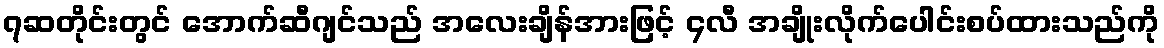
၇ဆတိုင်းတွင် အောက်ဆီဂျင်သည် အလေးချိန်အားဖြင့် ၄လီ အချိုးလိုက်ပေါင်းစပ်ထားသည်ကို